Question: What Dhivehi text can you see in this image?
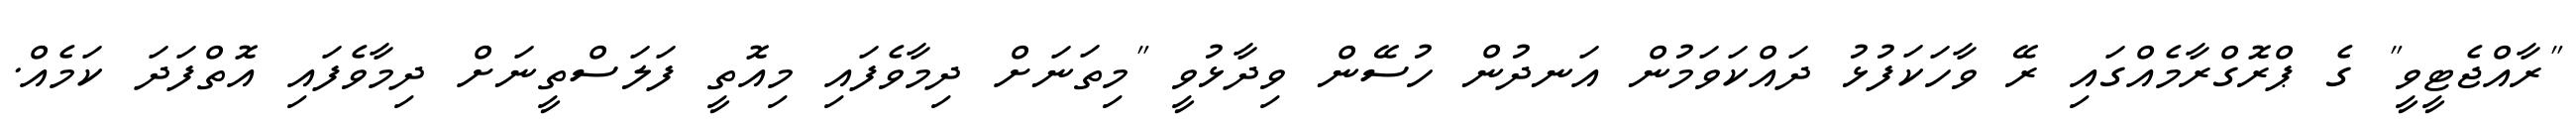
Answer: "ރާއްޖެޓީވީ" ގެ ޕްރޮގްރާމެއްގައި ރޭ ވާހަކަފުޅު ދައްކަވަމުން އަނދުން ހުސޭން ވިދާޅުވީ "މިތަނަށް ދިމާވެފައި މިއޮތީ ފަލަސްތީނަށް ދިމާވެފައި އޮތްފަދަ ކަމެއް.